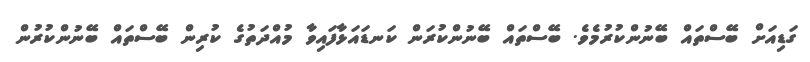
ގަޑިއަށް ބޭސްތައް ބޭނުންކުރުމެވެ. ބޭސްތައް ބޭނުންކުރަން ކަނޑައަޅާފައިވާ މުއްދަތުގެ ކުރިން ބޭސްތައް ބޭނުންކުރުން